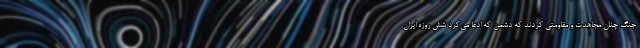
جنگ چنان مجاهدت و مقاومتی کردند که دشمن که ادعا می‌کرد شش روزه ایران